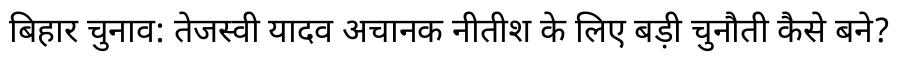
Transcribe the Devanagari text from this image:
बिहार चुनाव: तेजस्वी यादव अचानक नीतीश के लिए बड़ी चुनौती कैसे बने?